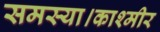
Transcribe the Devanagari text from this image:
समस्या।काश्मीर